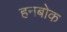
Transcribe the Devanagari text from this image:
हनबोक